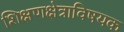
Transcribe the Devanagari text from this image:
शिक्षणक्षेत्राविषयक